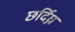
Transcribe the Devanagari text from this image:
छर्दिघ्न